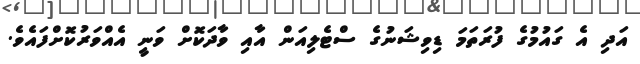
އަދި އެ ގައުމުގެ ފުރަތަމަ ޑިވިޝަނުގެ ސްޓެލިއަން އާއި ވާދަކޮށް ވަނީ އެއްވަރުކޮށްފައެވެ.